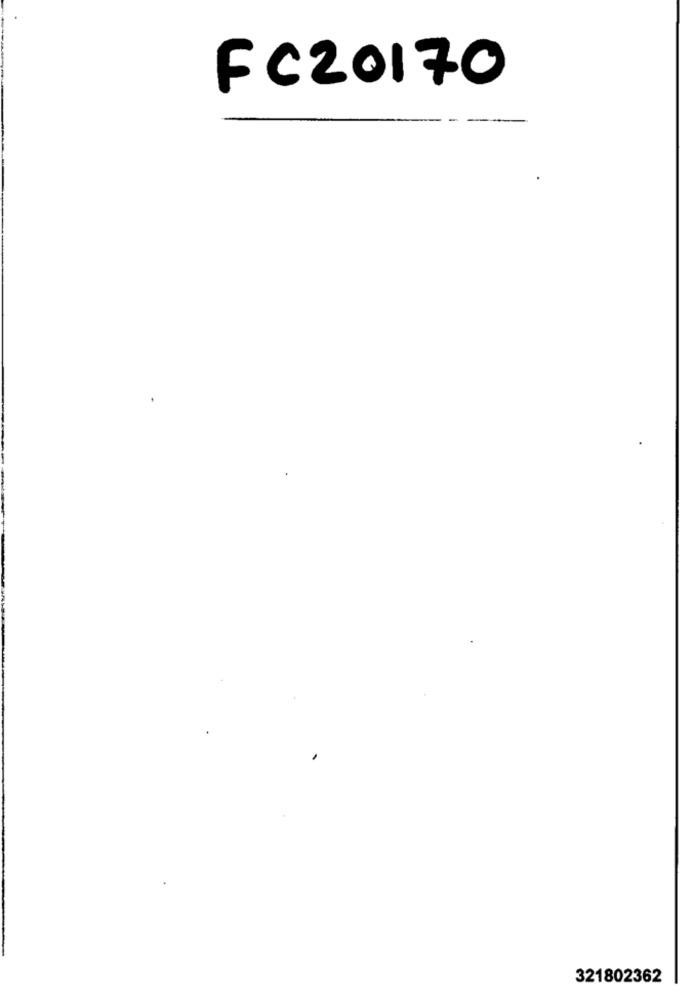
FC20170
321802362